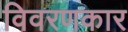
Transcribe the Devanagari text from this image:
विवरणकार